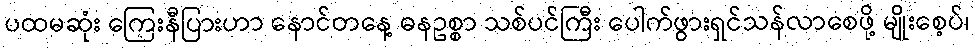
ပထမဆုံး ကြေးနီပြားဟာ နောင်တနေ့ ဓနဥစ္စာ သစ်ပင်ကြီး ပေါက်ဖွားရှင်သန်လာစေဖို့ မျိုးစေ့ပ်၊